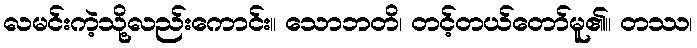
လမင်းကဲ့သို့လည်းကောင်း။ သောဘတိ၊ တင့်တယ်တော်မူ၏။ တဿ၊